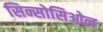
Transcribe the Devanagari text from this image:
सिन्सोसिओल